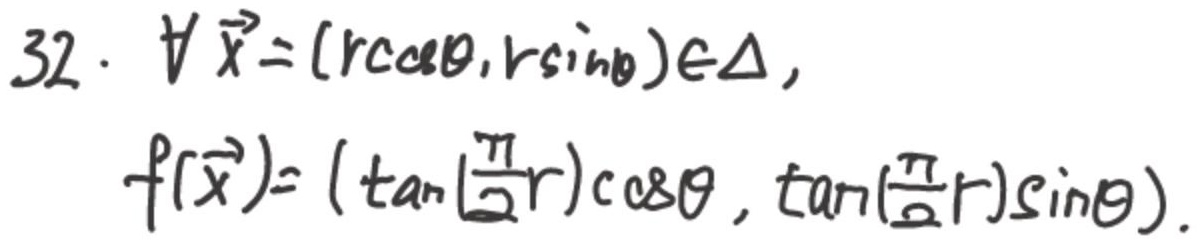
$\forall\vec{x}=(r\cos\theta,r\sin\theta)\in\Delta$，
\[
f(\vec{x})=(\tan(\frac{\pi}{2}r)\cos\theta,\tan(\frac{\pi}{2}r)\sin\theta).
\]